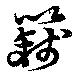
籛